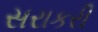
સરાકરી